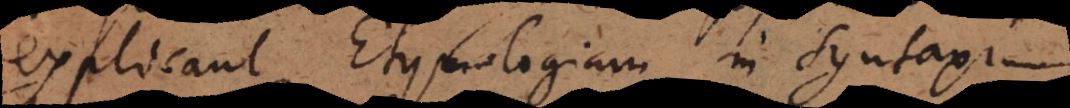
explicant Etymologiam, in Syntaxi